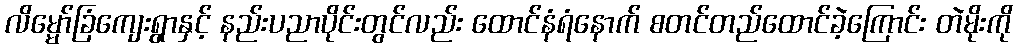
လိမ္မော်ခြံကျေးရွာနှင့် နည်းပညာပိုင်းတွင်လည်း ထောင်နံရံနောက် စတင်တည်ထောင်ခဲ့ကြောင်း တဲမိုးကို